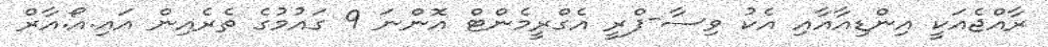
ރާއްޖެއަކީ އިންޑިއާއާއި އެކު ވިސާ-ފްރީ އެގްރީމެންޓް އޮންނަ 9 ގައުމުގެ ތެރެއިން އައި.އޯ.އާރް